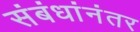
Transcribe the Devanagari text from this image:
संबंधांनंतर